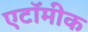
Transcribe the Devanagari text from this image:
एटॉमीक